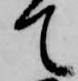
て